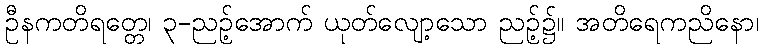
ဦနကတိရတ္တေ၊ ၃-ညဉ့်အောက် ယုတ်လျော့သော ညဉ့်၌။ အတိရေကညိနော၊